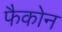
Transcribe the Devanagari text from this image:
फैकोन